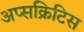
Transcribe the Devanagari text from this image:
अप्सक्रिटिस